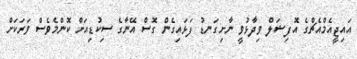
އައިޖީއެމްއެޗްގެ އޮފިޝަލް ވިދާޅުވީ ނާށިގަނޑު ފަޅައިގެން ގޮސް އޭނާގެ ސިކުޑިއަށް ކޮންމެވެސް ވަރަކަށް